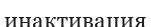
инактивация